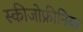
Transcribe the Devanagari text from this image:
स्‍कीजोफ्रीनिया